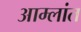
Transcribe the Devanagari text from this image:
आम्लांत